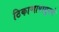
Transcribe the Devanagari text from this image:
ठिकाणापासुनचे